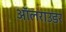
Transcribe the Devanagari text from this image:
ऑलराउडर